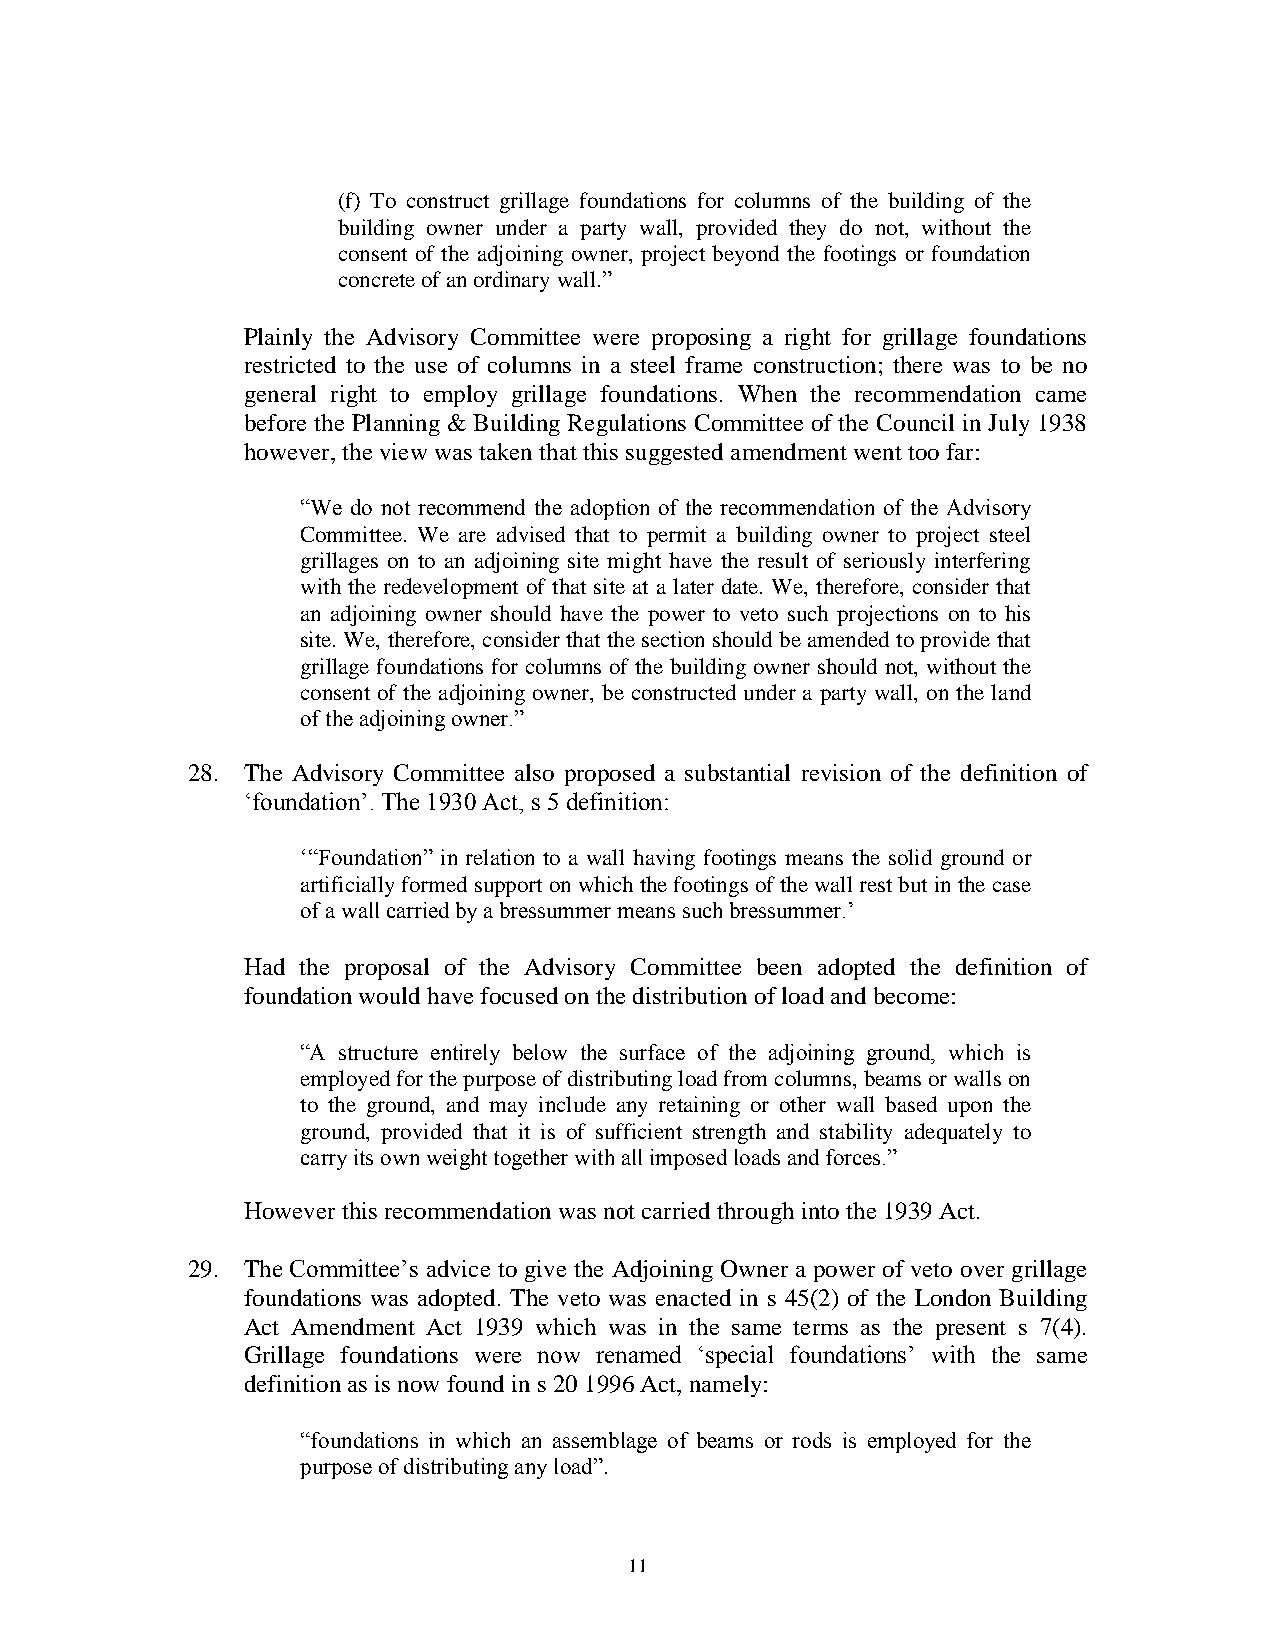
(f) To construct grillage foundations for columns of the building of the
 building owner under a party wall, provided they do not, without the
 consent of the adjoining owner, project beyond the footings or foundation
 concrete of an ordinary wall.”
 Plainly the Advisory Committee were proposing a right for grillage foundations
 restricted to the use of columns in a steel frame construction; there was to be no
 general right to employ grillage foundations. When the recommendation came
 before the Planning & Building Regulations Committee of the Council in July 1938
 however, the view was taken that this suggested amendment went too far:
 “We do not recommend the adoption of the recommendation of the Advisory
 Committee. We are advised that to permit a building owner to project steel
 grillages on to an adjoining site might have the result of seriously interfering
 with the redevelopment of that site at a later date. We, therefore, consider that
 an adjoining owner should have the power to veto such projections on to his
 site. We, therefore, consider that the section should be amended to provide that
 grillage foundations for columns of the building owner should not, without the
 consent of the adjoining owner, be constructed under a party wall, on the land
 of the adjoining owner.”
 28. The Advisory Committee also proposed a substantial revision of the definition of
 ‘foundation’. The 1930 Act, s 5 definition:
 ‘“Foundation” in relation to a wall having footings means the solid ground or
 artificially formed support on which the footings of the wall rest but in the case
 of a wall carried by a bressummer means such bressummer.’
 Had the proposal of the Advisory Committee been adopted the definition of
 foundation would have focused on the distribution of load and become:
 “A structure entirely below the surface of the adjoining ground, which is
 employed for the purpose of distributing load from columns, beams or walls on
 to the ground, and may include any retaining or other wall based upon the
 ground, provided that it is of sufficient strength and stability adequately to
 carry its own weight together with all imposed loads and forces.”
 However this recommendation was not carried through into the 1939 Act.
 29. The Committee’s advice to give the Adjoining Owner a power of veto over grillage
 foundations was adopted. The veto was enacted in s 45(2) of the London Building
 Act Amendment Act 1939 which was in the same terms as the present s 7(4).
 Grillage foundations were now renamed ‘special foundations’ with the same
 definition as is now found in s 20 1996 Act, namely:
 “foundations in which an assemblage of beams or rods is employed for the
 purpose of distributing any load”.
 11